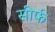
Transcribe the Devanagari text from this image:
सीर्फ